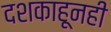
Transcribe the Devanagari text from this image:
दशकाहूनही